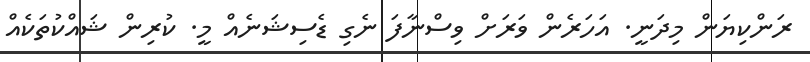
ރަންކިޔަން މިދަނީ. އަހަރެން ވަރަށް ވިސްނާފަ ނެގި ޑެސިޝަނެއް މީ. ކުރިން ޝައްކުތަކެއް